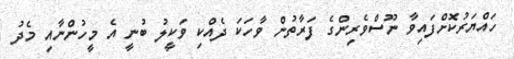
ހައްޔަރުކޮށްފައިވާ ނޫސްވެރިންގެ ފަރާތުން ވާހަކަ ދެއްކި ވަކީލު ބުނީ އެ މީހުންނާއި މެދު